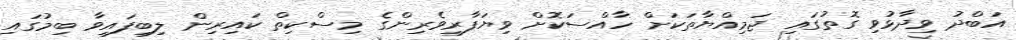
އަބްދު ވިދާޅުވި ގޮތުގައި ޖަމިއްޔާތަކަށް ހާއްސަކޮށް ވިޔަފާރިވެރިންގެ މިސްކިތް ކައިރިން ލިބިފައިވާ ބިމުގައި